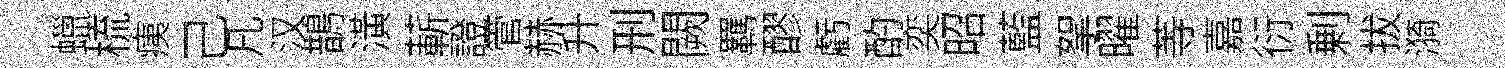
蠟梳痍己凡汉鵲潢蔪證管赫升刑闕羈醪虧酌奕昭藍挐曜䓁嘉衍剰拔漪